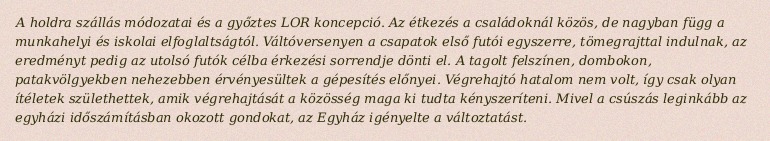
A holdra szállás módozatai és a győztes LOR koncepció. Az étkezés a családoknál közös, de nagyban függ a munkahelyi és iskolai elfoglaltságtól. Váltóversenyen a csapatok első futói egyszerre, tömegrajttal indulnak, az eredményt pedig az utolsó futók célba érkezési sorrendje dönti el. A tagolt felszínen, dombokon, patakvölgyekben nehezebben érvényesültek a gépesítés előnyei. Végrehajtó hatalom nem volt, így csak olyan ítéletek születhettek, amik végrehajtását a közösség maga ki tudta kényszeríteni. Mivel a csúszás leginkább az egyházi időszámításban okozott gondokat, az Egyház igényelte a változtatást.